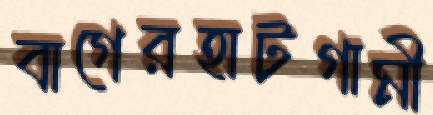
বাগেরহাটগামী